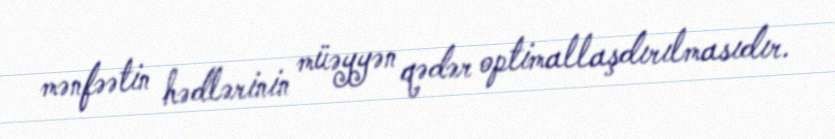
mənfəətin hədlərinin müəyyən qədər optimallaşdırılmasıdır.